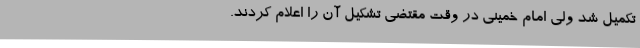
تکمیل‌ شد ولی‌ امام‌ خمینی‌ در وقت‌ مقتضی‌ تشکیل‌ آن‌ را اعلام‌ کردند.